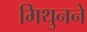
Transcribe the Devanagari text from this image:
मिथुनने